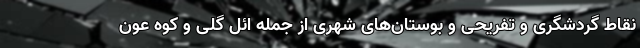
نقاط گردشگری و تفریحی و بوستان‌های شهری از جمله ائل گلی و کوه عون